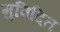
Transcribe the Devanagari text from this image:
मुविदित